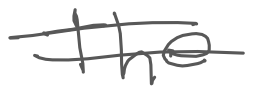
Text: the
Cross-out: double-line
Writing tool: digital_gray